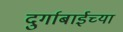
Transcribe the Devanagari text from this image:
दुर्गाबाईच्या